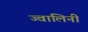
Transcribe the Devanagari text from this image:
ज्वालिनी